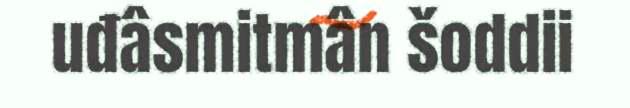
uđâsmitmân šoddii